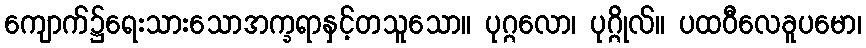
ကျောက်၌ရေးသားသောအက္ခရာနှင့်တသူသော။ ပုဂ္ဂလော၊ ပုဂ္ဂိုလ်။ ပထဝီလေခူပမော၊